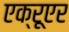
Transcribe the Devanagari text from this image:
एक्रूएर